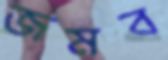
জমব